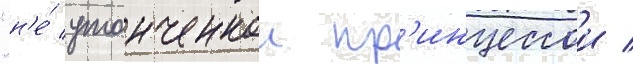
"н'е́ утонченнои пр'инцессои /